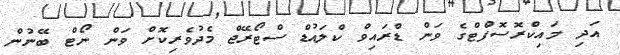
އަދި މައިކްރޮސޮފްޓްގެ ވަން ޑްރައިވް ކްލައުޑް ސްޓޯރޭޖް މެދުވެރިކޮށް ވަން ނޯޓް ބޭނުން